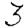
Digit: 3